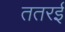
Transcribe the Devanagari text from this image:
ततरई